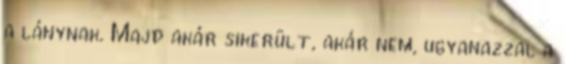
a lánynak. Majd akár sikerült, akár nem, ugyanazzal a